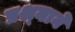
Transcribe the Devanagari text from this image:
प्रश्र्नाने